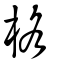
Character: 格